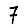
Digit: 7